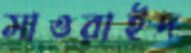
সাওরাইদ